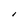
Character: I